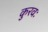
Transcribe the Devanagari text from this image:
कुरवः